Annual statistical returns and brief notes on vaccination in Bengal - 1887-1898
Year: 1887
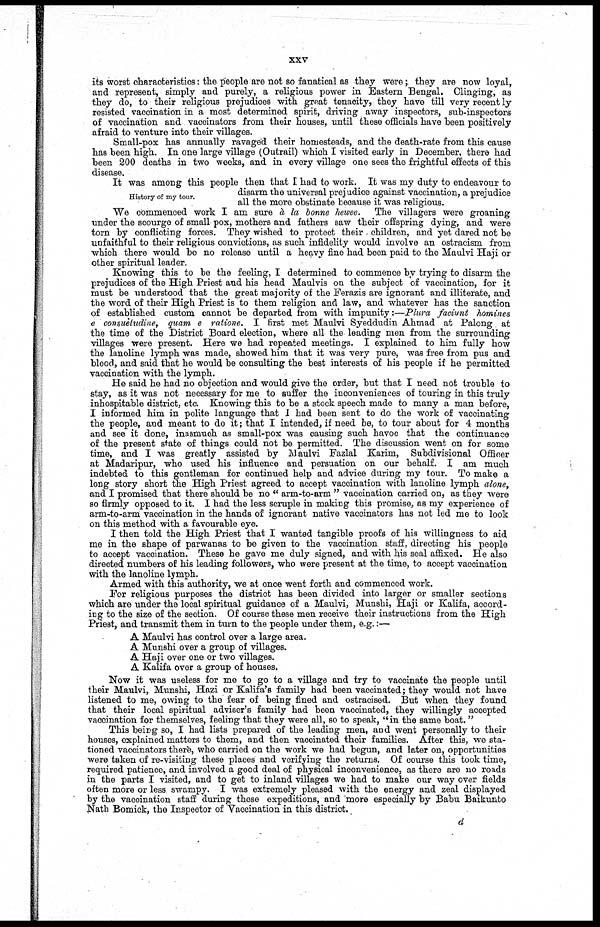
xxv
its worst characteristics: the people are not so fanatical as they were; they are now loyal,
and represent, simply and purely, a religious power in Eastern Bengal. Clinging, as
they do, to their religious prejudices with great tenacity, they have till very recent ly
resisted vaccination in a most determined spirit, driving away inspectors, sub-inspectors
of vaccination and vaccinators from their houses, until these officials have been positively
afraid to venture into their villages.
Small-pox has annually ravaged their homesteads, and the death-rate from this cause
has been high. In one large village (Outrail) which I visited early in December, there had
been 200 deaths in two weeks, and in every village one sees the frightful effects of this
disease.
History of my tour.
It was among this people then that I had to work. It was my duty to endeavour to
disarm the universal prejudice against vaccination, a prejudice
all the more obstinate because it was religious.
We commenced work I am sure á la bonne hewee. The villagers were groaning
under the scourge of small pox, mothers and fathers saw their offspring dying, and were
torn by conflicting forces. They wished to protect their children, and yet dared not be
unfaithful to their religious convictions, as such infidelity would involve an ostracism from
which there would be no release until a heavy fine had been paid to the Maulvi Haji or
other spiritual leader.
Knowing this to be the feeling, I determined to commence by trying to disarm the
prejudices of the High Priest and his head Maulvis on the subject of vaccination, for it
must be understood that the great majority of the Ferazis are ignorant and illiterate, and
the word of their High Priest is to them religion and law, and whatever has the sanction
of established custom cannot be departed from with impunity:—Plura faciunt homines
e consuetudine, quam e ratione. I first met Maulvi Syeddudin Ahmad at Palong at
the time of the District Board election, where all the leading men from the surrounding
villages were present. Here we had repeated meetings. I explained to him fully how
the lanoline lymph was made, showed him that it was very pure, was free from pus and
blood, and said that he would be consulting the best interests of his people if he permitted
vaccination with the lymph.
He said he had no objection and would give the order, but that I need not trouble to
stay, as it was not necessary for me to suffer the inconveniences of touring in this truly
inhospitable district, etc. Knowing this to be a stock speech made to many a man before,
I informed him in polite language that I had been sent to do the work of vaccinating
the people, and meant to do it ; that I intended, if need be, to tour about for 4 months
and see it done, inasmuch as small-pox was causing such havoc that the continuance
of the present state of things could not be permitted. The discussion went on for some
time, and I was greatly assisted by Maulvi Fazlal Karim, Subdivisional Officer
at Madaripur, who used his influence and persuation on our behalf. I am much
indebted to this gentleman for continued help and advice during my tour. To make a
long story short the High Priest agreed to accept vaccination with lanoline lymph alone,
and I promised that there should be no " arm-to-arm " vaccination carried on, as they were
so firmly opposed to it. I had the less scruple in making this promise, as my experience of
arm-to-arm vaccination in the hands of ignorant native vaccinators has not led me to look
on this method with a favourable eye.
I then told the High Priest that I wanted tangible proofs of his willingness to aid
me in the shape of parwanas to be given to the vaccination staff, directing his people
to accept vaccination. These he gave me duly signed, and with his seal affixed. He also
directed numbers of his leading followers, who were present at the time, to accept vaccination
with the lanoline lymph.
Armed with this authority, we at once went forth and commenced work.
For religious purposes the district has been divided into larger or smaller sections
which are under the local spiritual guidance of a Maulvi, Munshi, Haji or Kalifa, accord-
ing to the size of the section. Of course these men receive their instructions from the High
Priest, and transmit them in turn to the people under them, e.g.:—
A Maulvi has control over a large area.
A Munshi over a group of villages.
A Haji over one or two villages.
A Kalifa over a group of houses.
Now it was useless for me to go to a village and try to vaccinate the people until
their Maulvi, Munshi, Hazi or Kalifa's family had been vaccinated; they would not have
listened to me, owing to the fear of being fined and ostracised. But when they found
that their local spiritual adviser's family had been vaccinated, they willingly accepted
vaccination for themselves, feeling that they were all, so to speak, " in the same boat."
This being so, I had lists prepared of the leading men, and went personally to their
houses, explained matters to them, and then vaccinated their families. After this, we sta-
tioned vaccinators there, who carried on the work we had begun, and later on, opportunities
were taken of re-visiting these places and verifying the returns. Of course this took time,
required patience, and involved a good deal of physical inconvenience, as there are no roads
in the parts I visited, and to get to inland villages we had to make our way over fields
often more or less swampy. I was extremely pleased with the energy and zeal displayed
by the vaccination staff during these expeditions, and more especially by Babu Baikunto
Nath Bomick, the Inspector of Vaccination in this district.
d